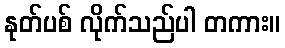
နုတ်ပစ် လိုက်သည်ပါ တကား။